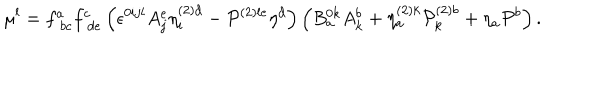
LaTeX: \mu ^ { l } = f _ { \; b c } ^ { a } f _ { \; d e } ^ { c } \left( \epsilon ^ { 0 i j l } A _ { j } ^ { e } \eta _ { i } ^ { \left( 2 \right) d } - { \cal P } ^ { \left( 2 \right) l e } \eta ^ { d } \right) \left( B _ { a } ^ { 0 k } A _ { k } ^ { b } + \eta _ { a } ^ { \left( 2 \right) k } { \cal P } _ { k } ^ { \left( 2 \right) b } + \eta _ { a } { \cal P } ^ { b } \right) .